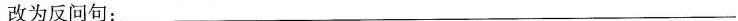
改为反问句：___